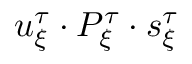
u _ { \xi } ^ { \tau } \cdot P _ { \xi } ^ { \tau } \cdot s _ { \xi } ^ { \tau }